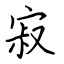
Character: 寂